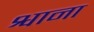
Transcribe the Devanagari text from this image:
श्वाना